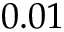
0 . 0 1